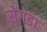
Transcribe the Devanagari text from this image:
सेंगडा